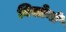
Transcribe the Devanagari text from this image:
बिसोनो